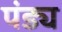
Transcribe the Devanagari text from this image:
पंड्य